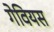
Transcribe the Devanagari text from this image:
गेवियस